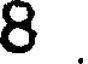
8